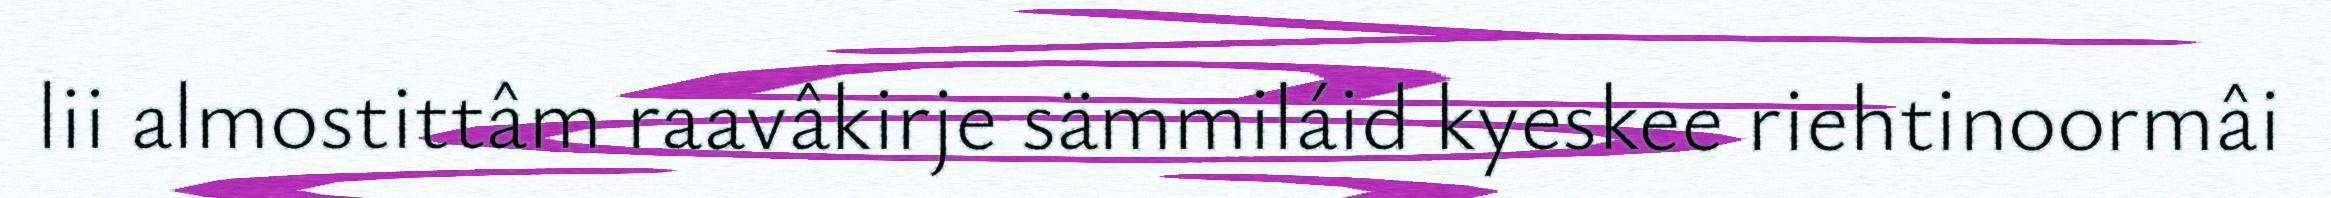
lii almostittâm raavâkirje sämmiláid kyeskee riehtinoormâi